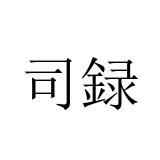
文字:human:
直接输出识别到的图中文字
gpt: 司録